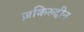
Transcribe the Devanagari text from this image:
ज़किरुद्दीन